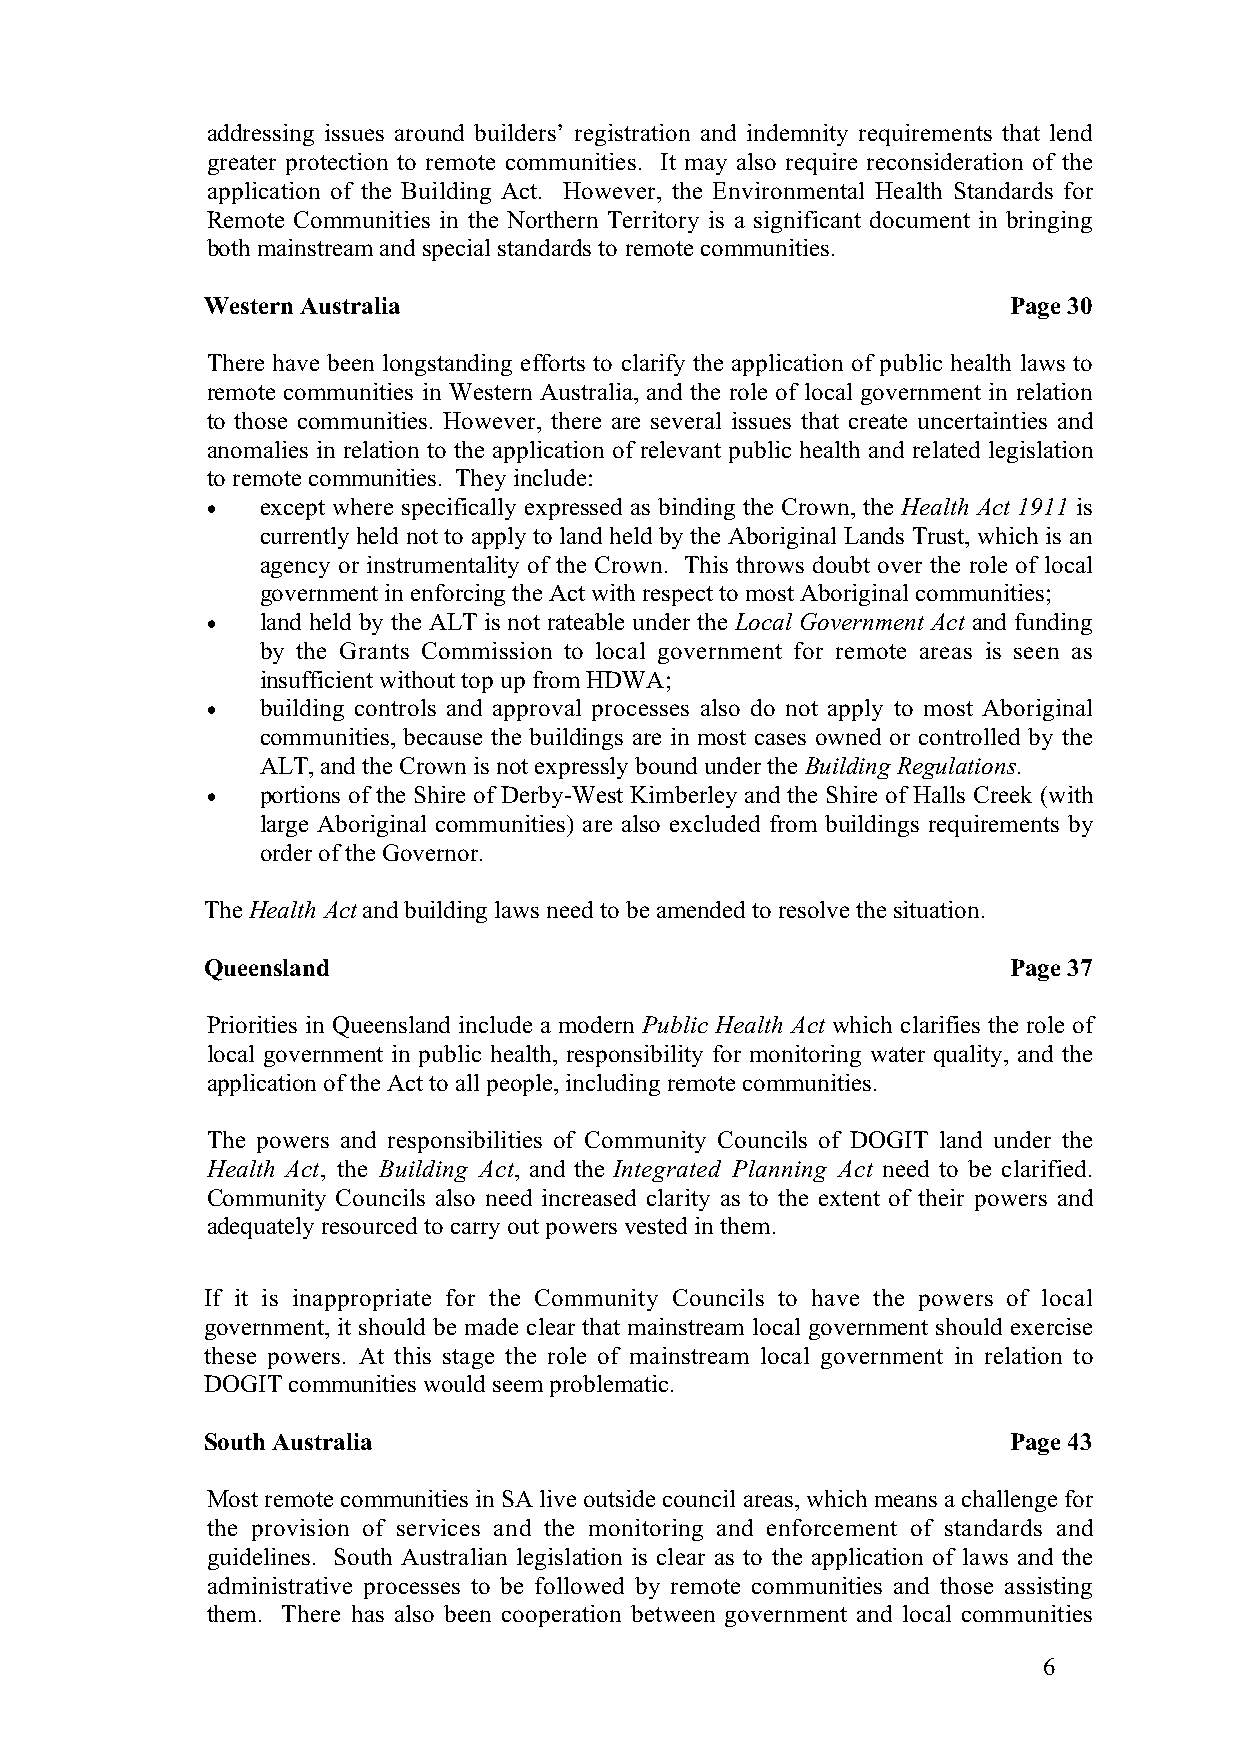
addressing issues around builders’ registration and indemnity requirements that lend
 greater protection to remote communities. It may also require reconsideration of the
 application of the Building Act. However, the Environmental Health Standards for
 Remote Communities in the Northern Territory is a significant document in bringing
 both mainstream and special standards to remote communities.
 Western Australia                                    Page 30
 There have been longstanding efforts to clarify the application of public health laws to
 remote communities in Western Australia, and the role of local government in relation
 to those communities. However, there are several issues that create uncertainties and
 anomalies in relation to the application of relevant public health and related legislation
 to remote communities. They include:
 •  except where specifically expressed as binding the Crown, the Health Act 1911 is
 currently held not to apply to land held by the Aboriginal Lands Trust, which is an
 agency or instrumentality of the Crown. This throws doubt over the role of local
 government in enforcing the Act with respect to most Aboriginal communities;
 •  land held by the ALT is not rateable under the Local Government Act and funding
 by the Grants Commission to local government for remote areas is seen as
 insufficient without top up from HDWA;
 •  building controls and approval processes also do not apply to most Aboriginal
 communities, because the buildings are in most cases owned or controlled by the
 ALT, and the Crown is not expressly bound under the Building Regulations.
 •  portions of the Shire of Derby-West Kimberley and the Shire of Halls Creek (with
 large Aboriginal communities) are also excluded from buildings requirements by
 order of the Governor.
 The Health Act and building laws need to be amended to resolve the situation.
 Queensland                                           Page 37
 Priorities in Queensland include a modern Public Health Act which clarifies the role of
 local government in public health, responsibility for monitoring water quality, and the
 application of the Act to all people, including remote communities.
 The powers and responsibilities of Community Councils of DOGIT land under the
 Health Act, the Building Act, and the Integrated Planning Act need to be clarified.
 Community Councils also need increased clarity as to the extent of their powers and
 adequately resourced to carry out powers vested in them.
 If it is inappropriate for the Community Councils to have the powers of local
 government, it should be made clear that mainstream local government should exercise
 these powers. At this stage the role of mainstream local government in relation to
 DOGIT communities would seem problematic.
 South Australia                                      Page 43
 Most remote communities in SA live outside council areas, which means a challenge for
 the provision of services and the monitoring and enforcement of standards and
 guidelines. South Australian legislation is clear as to the application of laws and the
 administrative processes to be followed by remote communities and those assisting
 them. There has also been cooperation between government and local communities
 6